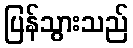
ပြန်သွားသည်